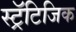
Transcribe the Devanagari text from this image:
स्ट्रॅटिजिक